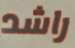
راشد